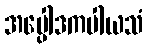
အပ္ပေါဒကပါယသံ